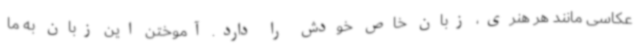
عکاسی مانند هر هنری، زبان خاص خودش را دارد. آموختن این زبان به ما